Bréfritari: Sigríður Pálsdóttir
Viðtakandi: Páll Pálsson
Dagsetning: A-1868-08-24
Skrifað á: Breiðabólsstað  Rang.
Páll var bróðir Sigríðar

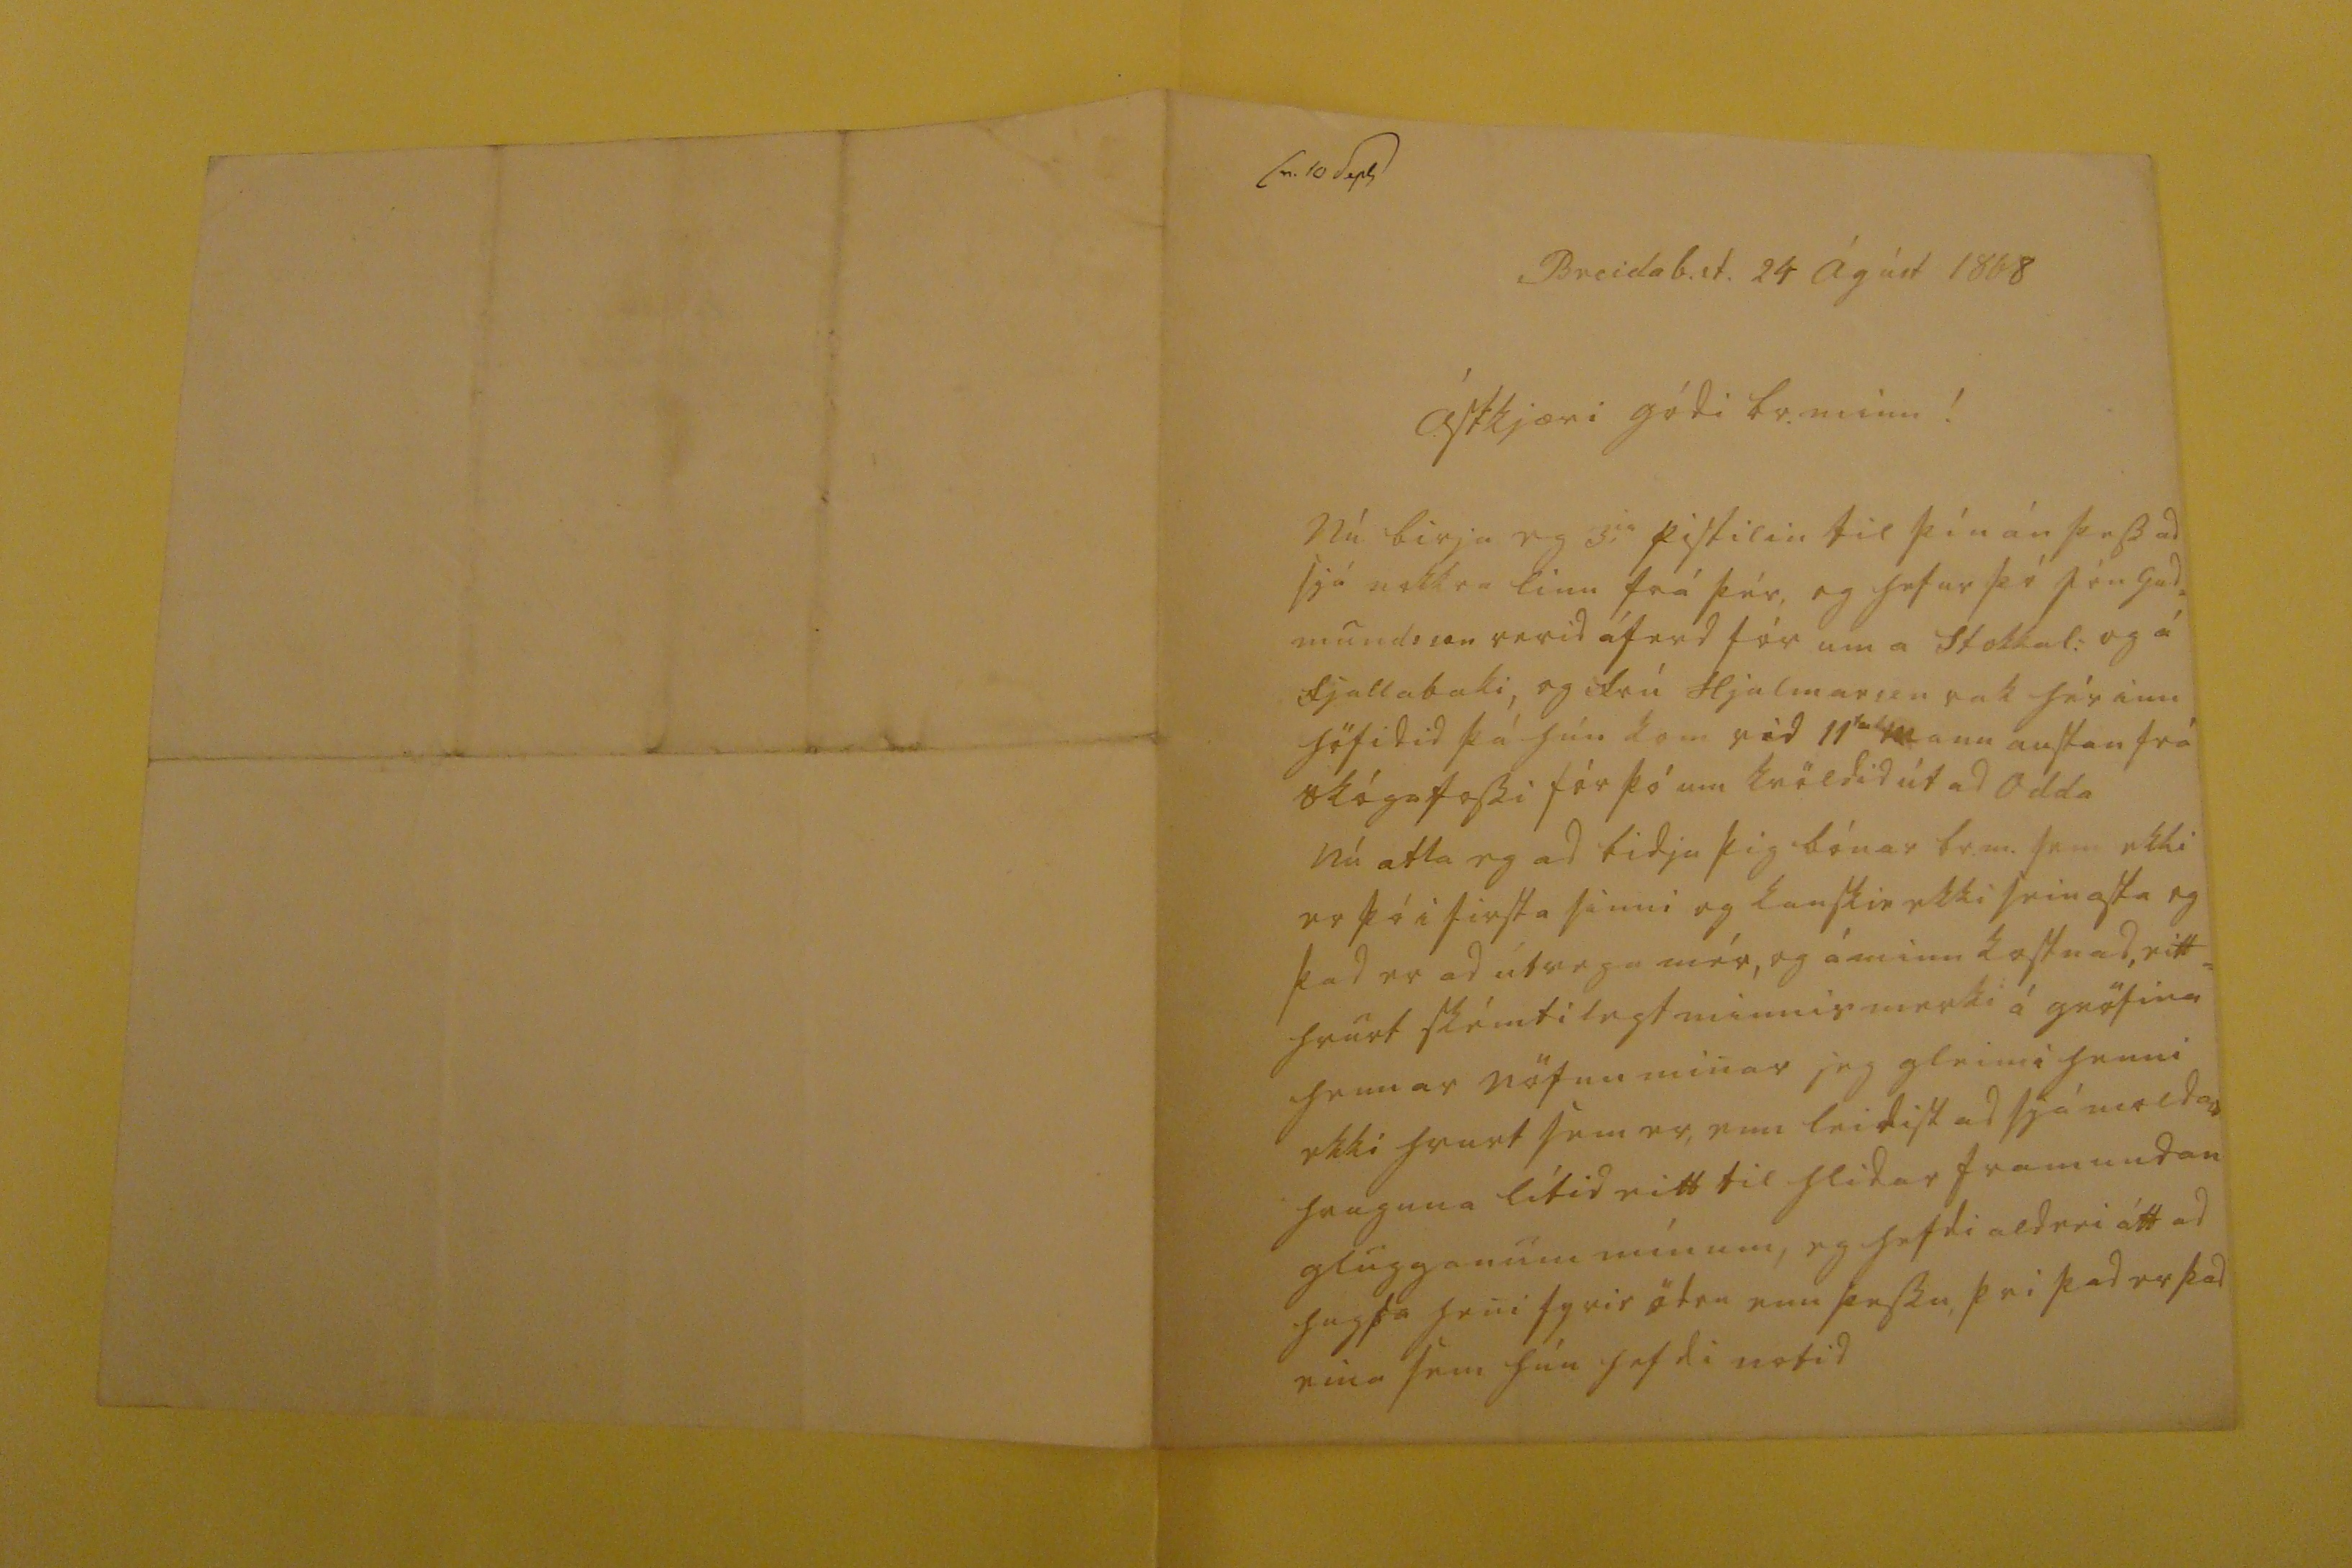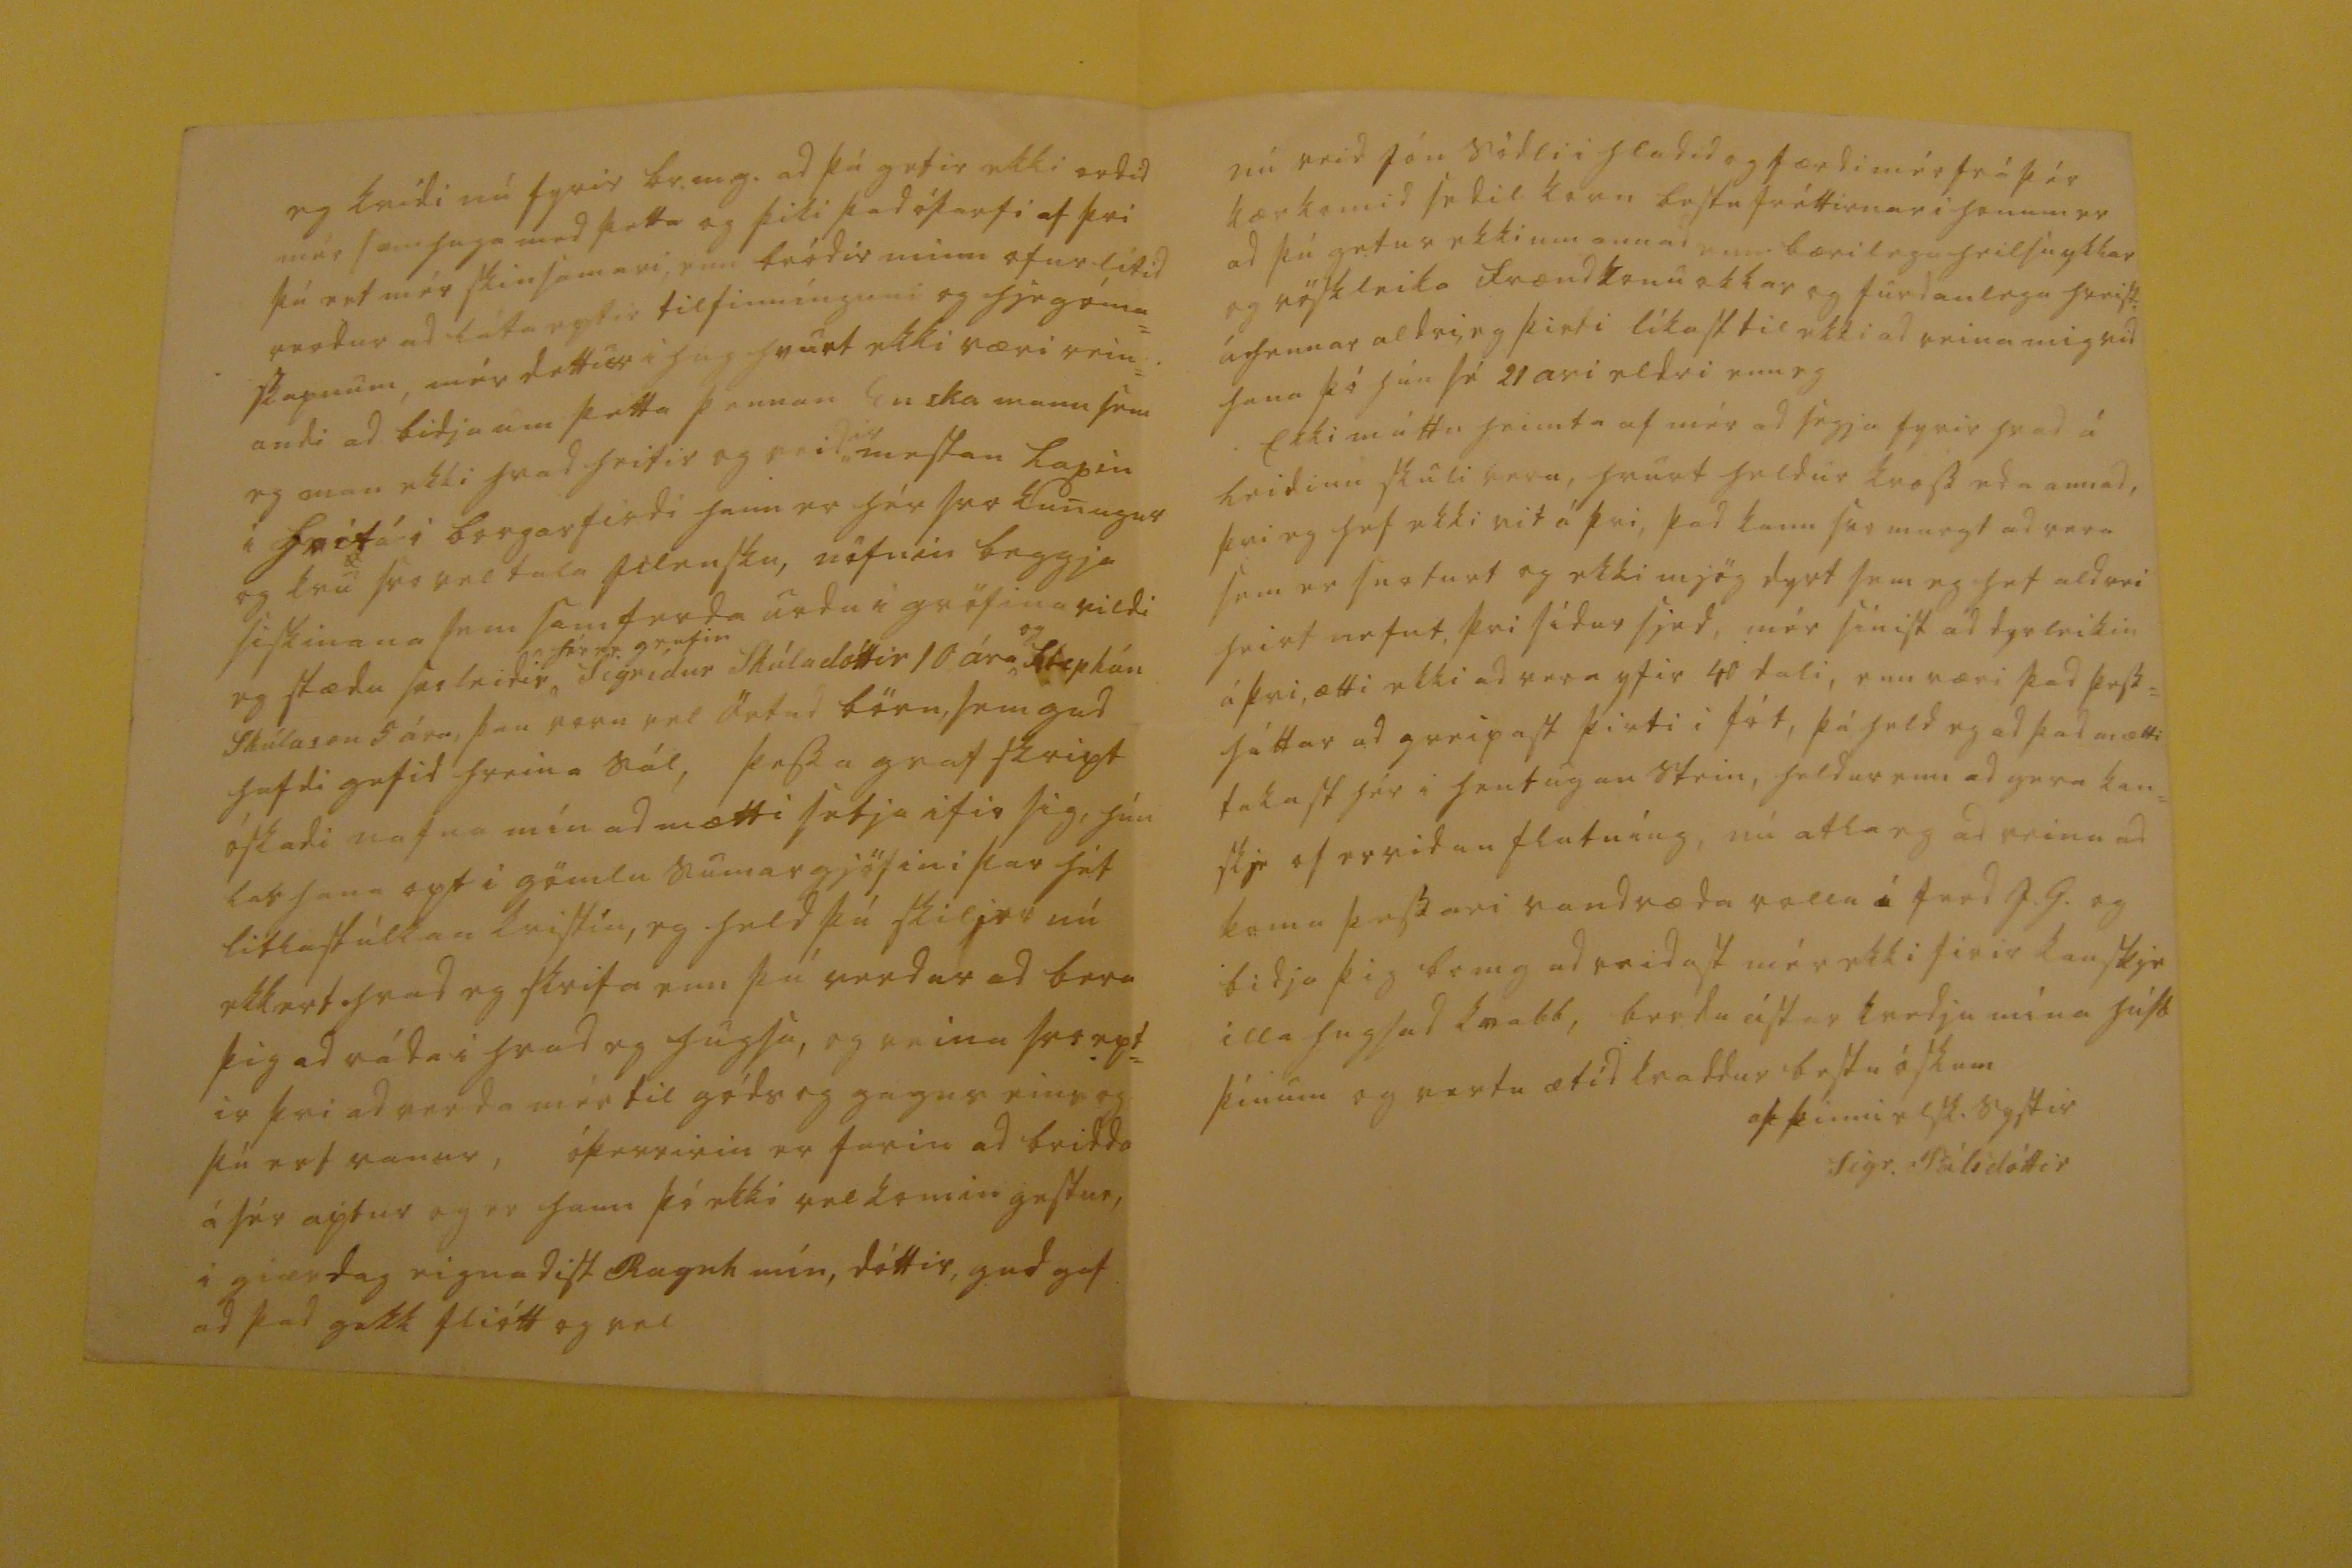

sv. 10 Sept
Breidab.st 24 Ágúst 1868
ástkjæri gódi br. minn!
Nú birja eg 3
ia
pistilin til þín án þess ad sjá nokkra linu frá þér, og hefur þó Jón Gud= mundsson verid á ferd fór um a Stokkal: og á fjallabaki, og frú Hjalmarson rak hér inn höfidid þá hún kom vid 11
ta
mann austan frá skógafossi fór þó um kvöldid út ad Odda Nú atla eg ad bidja þig bónar br.m. sem ekki er þó i firsta sinni og kanskie ekki seinasta og þad er ad útvega mér, og á minn kostnad, eitt= hvurt skémtilegt minnismerki á gröfina hennar nöfnu minar jeg gleimi henni ekki hvurt sem er, enn leidist ad sjá moldar hruguna lítid eitt til hlidar fram undan glugganum mínum, eg hefdi aldrei átt ad hugsa heni fyrir ödru enn þessu, þvi þad er þad eina sem hún hefdi notid
eg kvídi nú fyrir br.m.g. ad þú getir ekki ordid mér samhuga med þetta og þiki þad óþarfi af þvi þú ert mér skinsamari, enn bródir minn ofur lítid verdur ad láta eptir tilfinnínguni og hjégóma= skapnum, mér dettur i hug hvurt ekki væri rein= andi ad bidja um þetta þennan Enska mann sem eg man ekki hvad heitir og veid
ir
mestan laxin i hvitá i borgarfirdi hann er hér svo kunugur og kvu svo vel tala islensku, nöfnin beggja siskinana sem samferda urdu i gröfina vildi eg stædu svoleidis
hér er grafin
Sigrídur Skúladóttir 10 ára
og
Stephán Skúlason 5 ára, þau voru vel örtud börn, sem gud hefdi gefid hreina sál, þessa graf skript óskadi nafna mín ad mætti setja ifir sig, hún las hana opt i gömlu sumargjöfini þar hét litla stúlkan kristín, eg held þú skiljer nú ekkert hvad eg skrifa enn þú verdur ad bera þig ad ráda i hvad eg hugsa, og reina svo ept= ir þvi ad verda mér til góds og gagns eins og þú ert vanur, óþerririn er farin ad bridda á sér aptur og er hann þó ekki velkomin gestur, i giærdag eignadist Ragnh mín, dóttir, gud gaf ad þad gekk fliótt og vel
nú reid Jón Södli i hladid og færdi mér frá þér kærkomid sedil korn bestu fréttirnar i honum er ad þú getur ekki um annad enn bærilega heilsu ykkar og röskleika frændkonu okkar og furdanlega hreist. á hennar aldri, eg þirti líkast til ekki ad reina mig vid hana þó hún sé 21 ari eldri enn eg Ekki máttu heimta af mér ad segja fyrir hvad á leidinu Skúli vera, hvurt heldur kross eda annad, þvi eg hef ekki vit á þvi, þad kann svo margt ad vera sem er snoturt og ekki mjög dyrt sem eg hef aldrei heirt nefnt, þvi sídur sjed, mér sínist ad dyrleikin á þvi, ætti ekki ad vera yfir 40 dali, enn væri þad þess= háttar ad greipast þirti i fót, þá held eg ad þad mætti takast hér i hentugan stein, heldur enn ad gera kan= skje of ervidan flutníng, nú atla eg ad reina ad koma þessari vandræda rollu i ferd J.G. og bidja þig br m g ad reidast mér ekki firir kanskje illa hugsad kvabb, berdu ástar kvedju mína húsb þínum og vertu ætíd kvaddur bestu óskum
þín ætid elsk systir
Sigr. Pálsdóttir